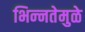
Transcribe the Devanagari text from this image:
भिन्‍नतेमुळे